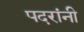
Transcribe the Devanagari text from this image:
पदरांनी